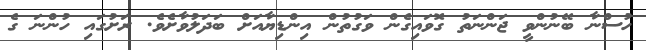
ހުސްނާ ބޭނުންވީ ޖަންނަތު ގޮވައިގެން ވަގުތުން އިންޑިޔާއަށް ބަދަލުވާށެވެ. ރަށުގައި ހުންނަ ގެ